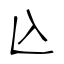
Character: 兦